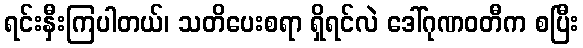
ရင်းနှီးကြပါတယ်၊ သတိပေးစရာ ရှိရင်လဲ ဒေါ်ဂုဏဝတီက စပြီး